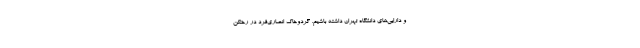
و دارایی‌های دانشگاه تهران داشته باشیم. گردوخاک انصاری‌فرد در رختکن